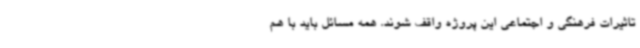
تاثیرات فرهنگی و اجتماعی این پروژه واقف شوند. همه مسائل باید با هم